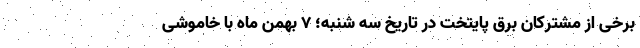
برخی از مشترکان برق پایتخت در تاریخ سه شنبه؛ ۷ بهمن ماه با خاموشی